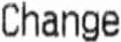
CHANGE